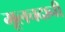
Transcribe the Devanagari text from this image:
मूलचदानी